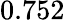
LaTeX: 0.752